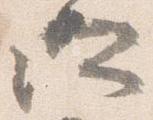
所